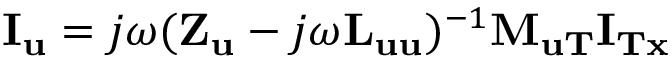
\begin{array} { r } { { { \mathbf { I } } _ { \mathbf { u } } } = j \omega { ( { { \mathbf { Z } } _ { \mathbf { u } } } - j \omega { { \mathbf { L } } _ { { \mathbf { u u } } } } ) ^ { - 1 } } { \mathbf { M } } { } _ { { \mathbf { u T } } } { { \mathbf { I } } _ { { \mathbf { T x } } } } } \end{array}